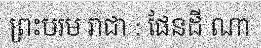
ព្រះបរម រាជា : ផែនដី ណា